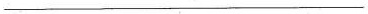
___